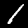
Digit: 1